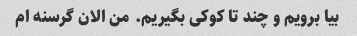
بیا برویم و چند تا کوکی بگیریم. من الان گرسنه ام